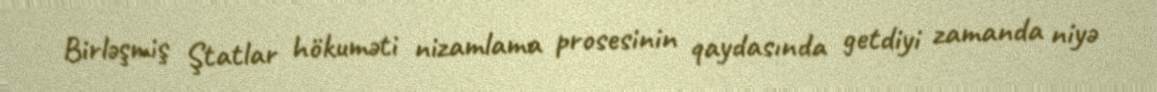
Birləşmiş Ştatlar hökuməti nizamlama prosesinin qaydasında getdiyi zamanda niyə